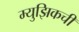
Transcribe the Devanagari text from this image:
म्युझिकची